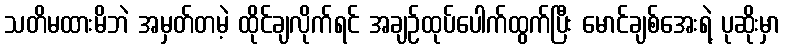
သတိမထားမိဘဲ အမှတ်တမဲ့ ထိုင်ချလိုက်ရင် အချဉ်ထုပ်ပေါက်ထွက်ပြီး မောင်ချစ်အေးရဲ့ ပုဆိုးမှာ